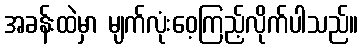
အခန်းထဲမှာ မျက်လုံးဝေ့ကြည့်လိုက်ပါသည်။